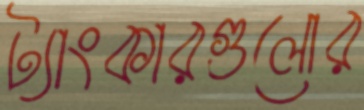
ট্যাংকারগুলোর